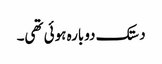
دستک دوبارہ ہوئی تھی۔